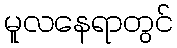
မူလနေရာတွင်